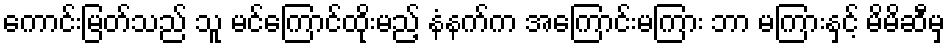
ကောင်းမြတ်သည် သူ မင်ကြောင်ထိုးမည့် နံနက်က အကြောင်းမကြား ဘာ မကြားနှင့် မိမိဆီမှ